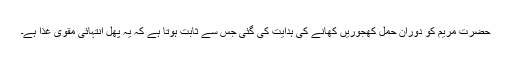
حضرت مریم کو دوران حمل کھجوریں کھانے کی ہدایت کی گئی جس سے ثابت ہوتا ہے کہ یہ پھل انتہائی مقوی غذا ہے۔